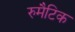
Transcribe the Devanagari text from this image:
रुमैटिक